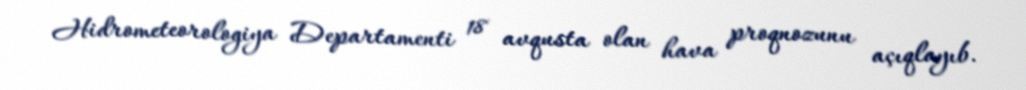
Hidrometeorologiya Departamenti 18 avqusta olan hava proqnozunu açıqlayıb.